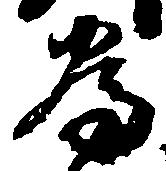
為